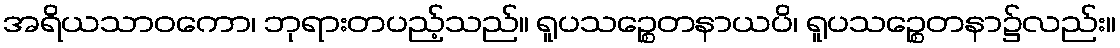
အရိယသာဝကော၊ ဘုရားတပည့်သည်။ ရူပသဉ္စေတနာယပိ၊ ရူပသဉ္စေတနာ၌လည်း။